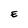
Character: E